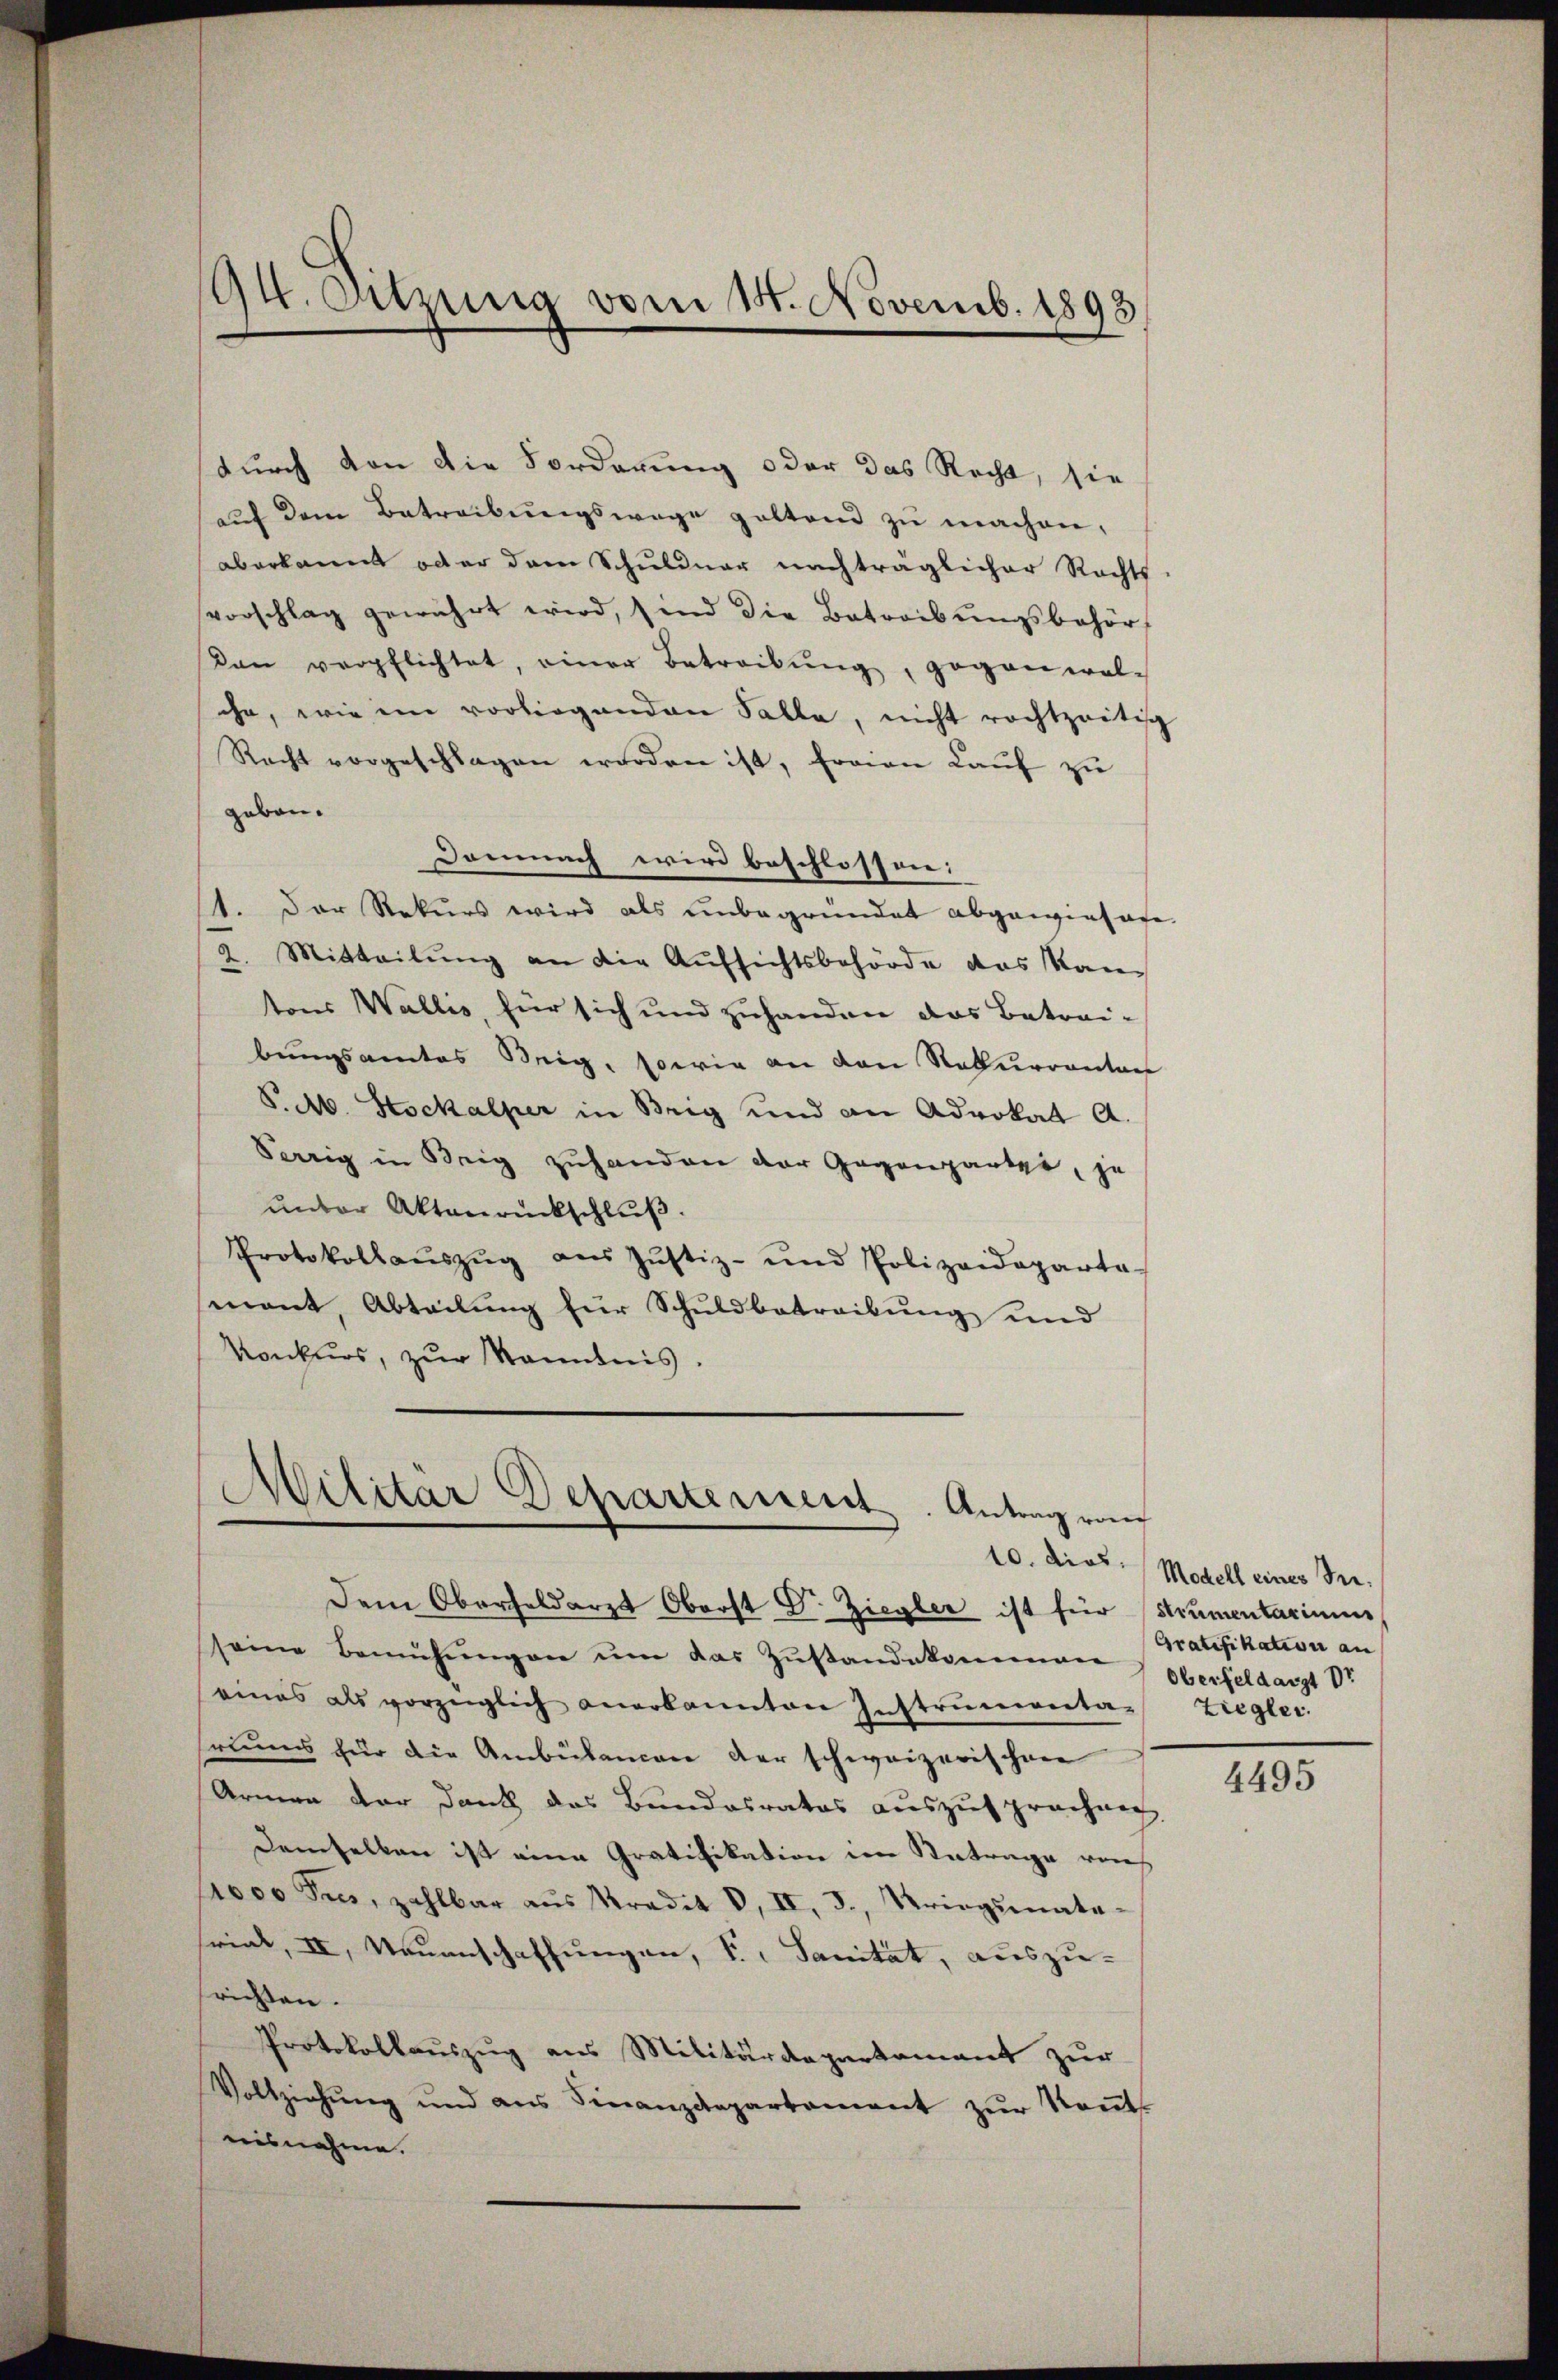
durch von die Forderung oder das Recht, sie
aŭf dem Betreibŭngswege geltend zŭ machen,
aberkannt oder dem Schuldner nachträglicher Rechts
vorschlag gewährt wird, sind die Betreibŭngsbehör
Von verpflichtet, einer Betreibŭng, gegen wol-
che, wie im vorliegenden Falle, nicht rechtzeitig
Recht vorgeschlagen worden ist, fraien Lauf zu
gaben.
Demnach wird beschlossen:
1. Der Rekurs wird als unbegründet abgewiesafe-
2. Mitteilŭng an die Aufsichtsbehörde das Kantons Wallis, für sich und zuhanden das Betrai-
bungsamtes Beig, sowie an den Rekurrentan
S. Ab. Stockalper in Brig und an Advokat A.
Serig in Brig zuhanden der Gegenparte, je
unter Aktenrückschluß.
Protokollaŭszŭg aŭs Jŭstiz- und Polizeideparta-
mant, Abteilŭng für Schuldbetreibŭng und
Konkurs, zur Kenntnis.
Militar Departement. Antrag von
Dem Oberfeldarzt Oberst Dr. Ziegler ist für Strumentariums
seine Bemühŭngen ŭm das Zŭstandekommen
eines als vorzüglich anerkannten Instrumenta-Ziegler.

94. Ortzung vom 18. Novemb. 1893

rums für die Ambülancen der schweizerischen
Armen der Dank das Bundesrates auszusprechni
demselben ist eine Gratifikation in Antrage vorh
1000 Fues, zahlbar aus radit 8. II, 3., Kriegsmate-
rial, II, Neuenschaffungen, I., Sanität, auszu-
richten.
Protokollauszug aus Militärdepartamant zur
Vollziehŭng und ans Finanzdepartement zŭr Keṅt-
nisnahme.

10. dies Modell eines See¬
Gratifikation an
Oberfeldarzt Dr

4495